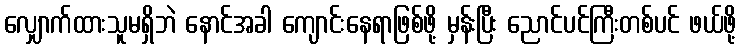
လျှောက်ထားသူမရှိဘဲ နောင်အခါ ကျောင်းနေရာဖြစ်ဖို့ မှန်းပြီး ညောင်ပင်ကြီးတစ်ပင် ဖယ်ဖို့